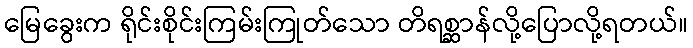
မြေခွေးက ရိုင်းစိုင်းကြမ်းကြုတ်သော တိရစ္ဆာန်လို့ပြောလို့ရတယ်။